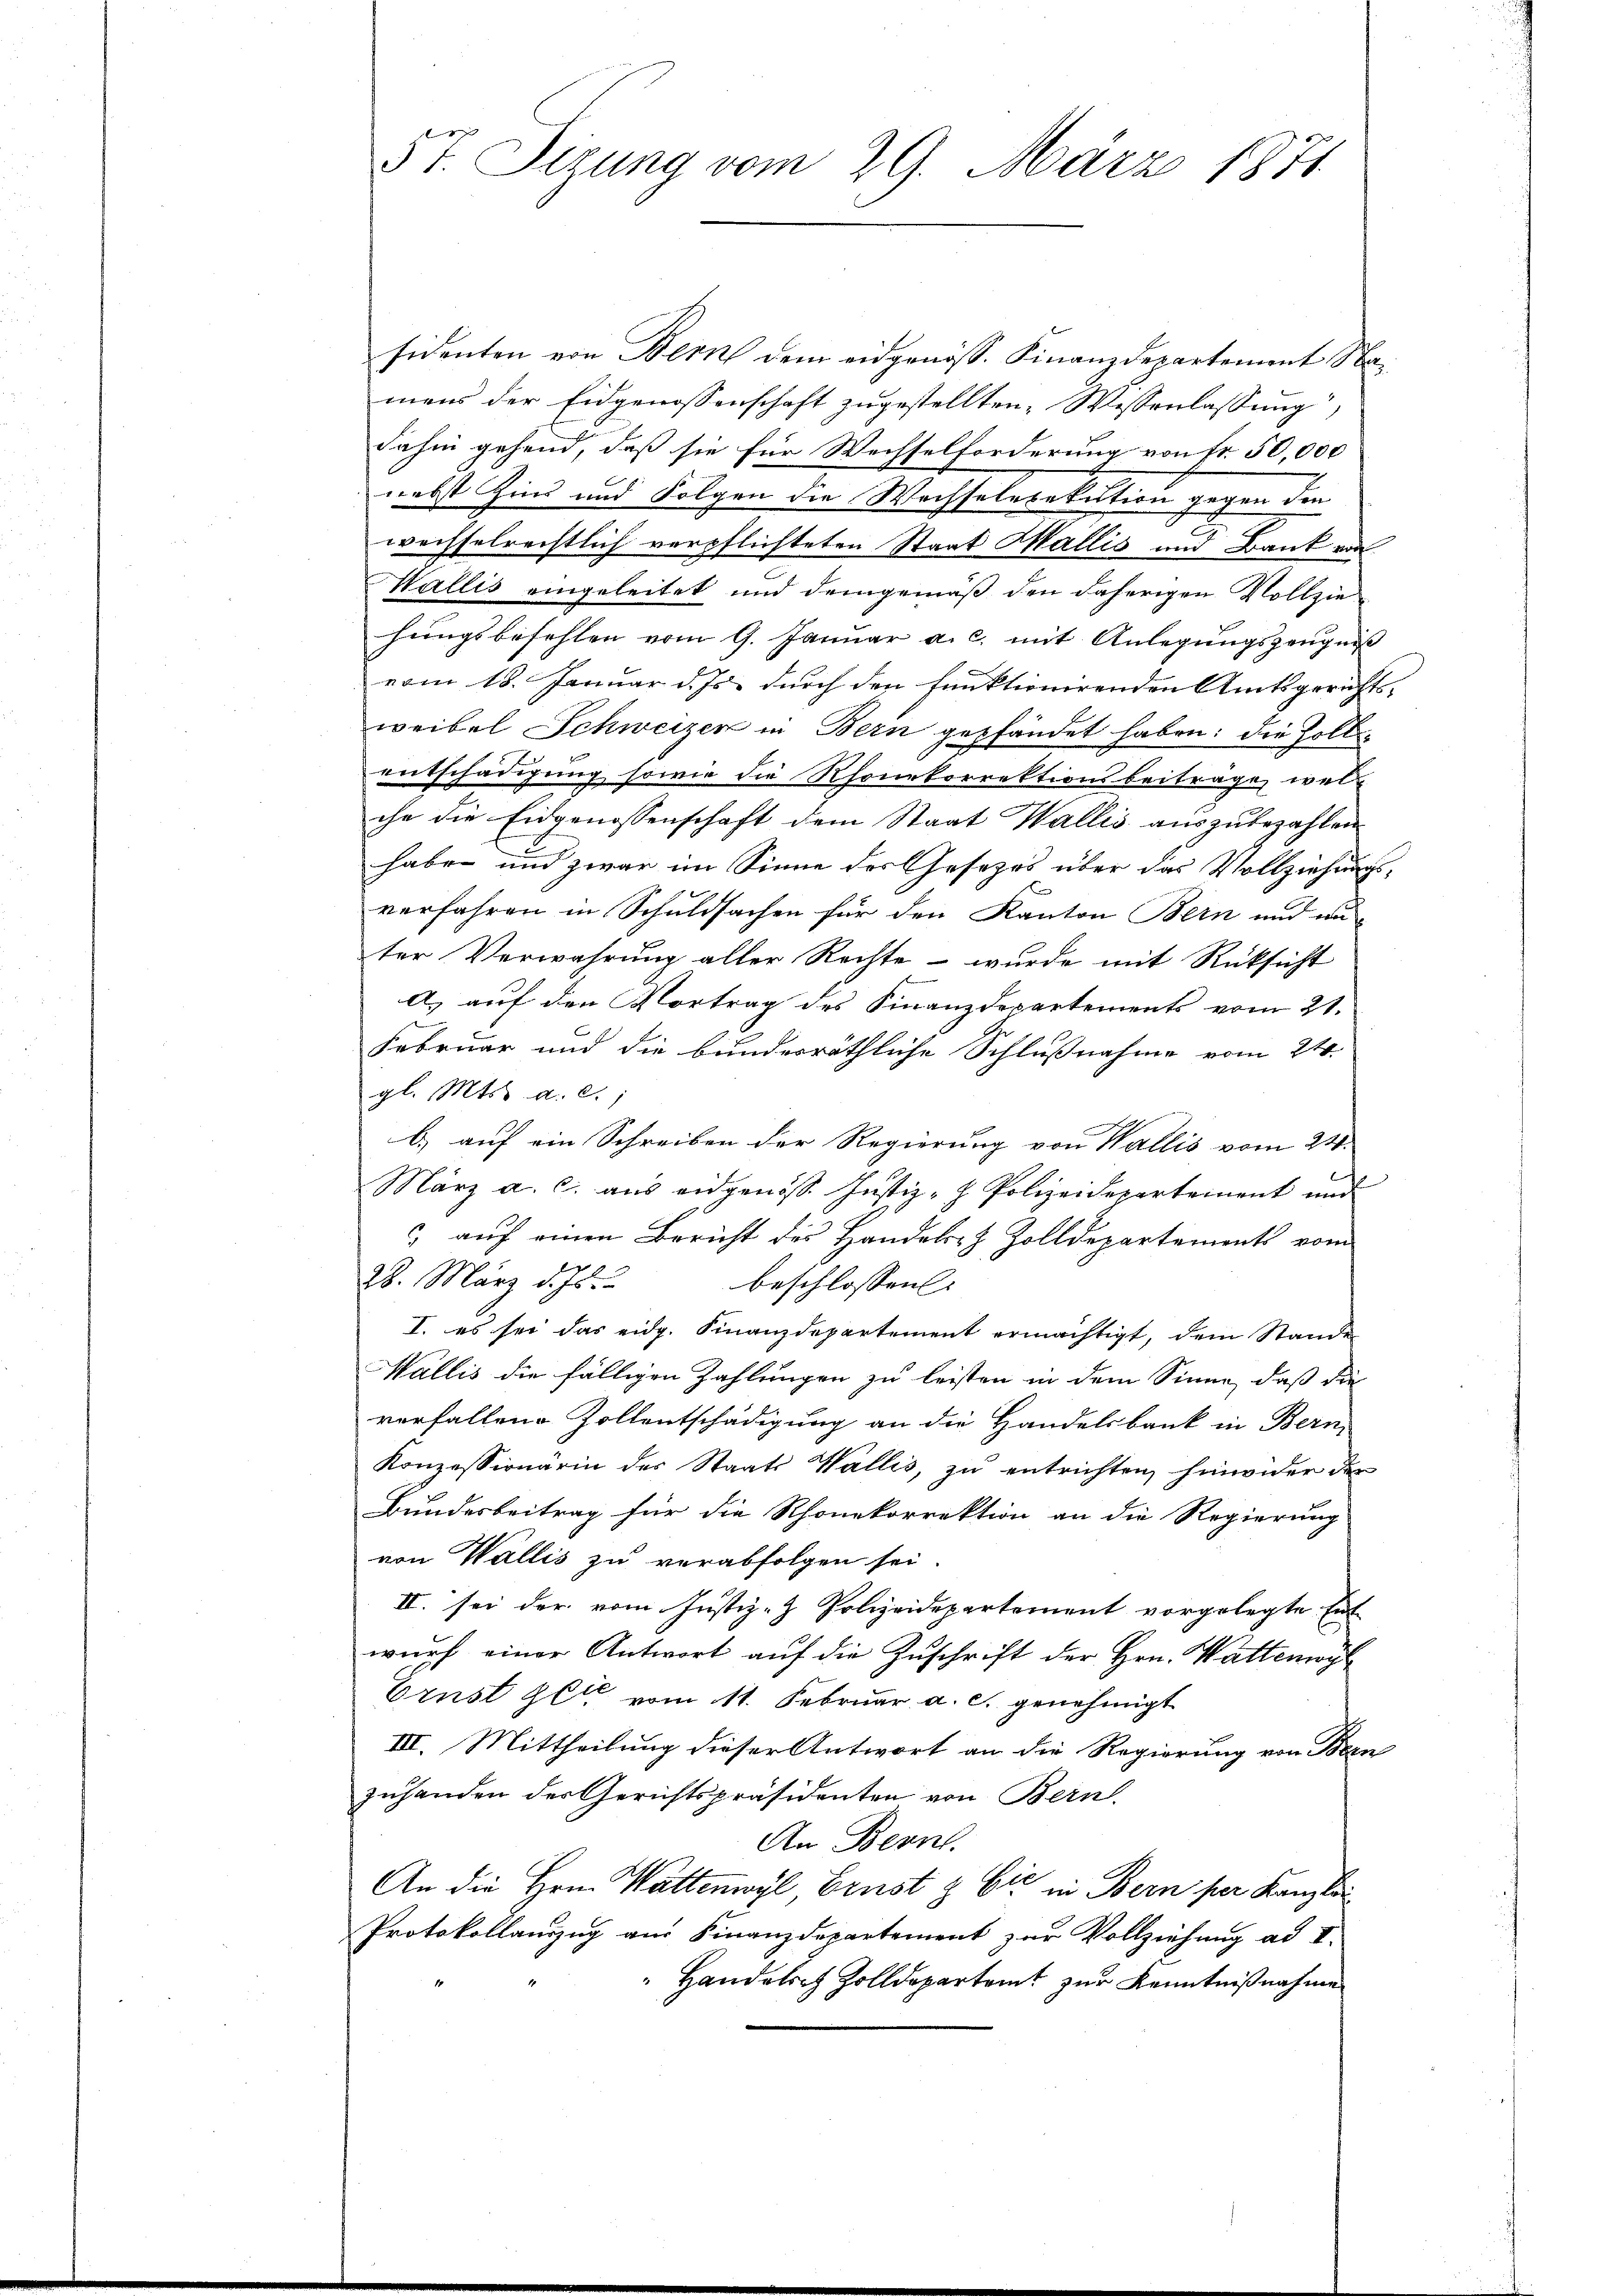
sidenten von Bern dem eidgenöss. Finanzdepartement Namens der Eidgenossenschaft zugestellten Wessenlassung,
dahin gehend, daß sie für Wechselforderung von Fr. 50,000
nebst Zins und Folgen die Wechselexekution gegen den
wechselrechtlich verpflichteten Staat Wallis und Bank von
Wallis eingeleitet und demgemäß den daherigen Vollzie
hungsbefehlen vom 9. Januar a. c. mit Anlegungszeugniß
vom 18. Januar d. Js. durch den funktionirenden Amtsgerichts-
weibel Schweizer in Bern gepfändet haben: die Zollentschädigung sowie die Rhonekorrektionsbeiträge welche die Eidgenossenschaft dem Staat Wallis auszubezahlen
haben und zwar im Sinne des Gesetzes über das Vollziehungsverfahren in Schuldsachen für den Kanton Bern und wu
ter Verwahrung aller Rechte – wurde mit Rücksicht
A. auf den Vortrag des Finanzdepartements vom 21.
e
Februar und die bunderräthliche Schlußnahme vom 24.
gl. Mts. a. c.,
b.) auf ein Schreiben der Regierung von Wallis vom 24.
März a. c. aŭs eidgenöss Justiz- & Polizeidepartement und
) auf einen Bericht des Handels- & Zolldepartements vom
28. März d. Js.
beschlossen:
I. es sei das eidg. Finanzdepartement ermächtigt, dem Stande
Wallis die fälligen Zahlungen zu leisten in dem Sinne, daß die
verfallene Zollentschädigung an die Handelsbank in Bern,
Konzessionärin des Staats Wallis, zŭ entrichten hinwider der
Bundesbeitrag für die Rhonekorrektion an die Regierung
von Wallis zu verabfolgen sei.
II. sei der vom Justiz- & Polizeidepartement vorgelegte Ent-
wurf einer Antwort auf die Zuschrift der Hrn. Wattengl
Ernst gli vom 11. Februar a. c. genehmigt
III. Mittheilung dieser Antwort an die Regierung von Bern
zuhanden der Gerichtspräsidenten von Bern.
An Bern.
An die Hrn. Wattenwyl Ernst & Cie in Bern per Kanzlei
Protokollauszug am Finanzdepartement zur Vollziehung ad I.
Handelsch Zolldepartamt zur Kenntnißnahme

5t. Sizung vom 29. März 1871.